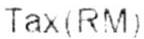
TAX (RM)